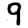
Digit: 9